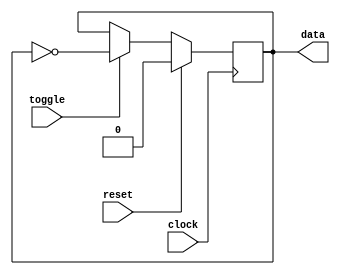
`timescale 1ns / 1ps
//////////////////////////////////////////////////////////////////////////////////
// Company: 
// Engineer: 
// 
// Design Name: 
// Module Name: T_FF
// Project Name: 
// Target Devices: 
// Tool Versions: 
// Description: 
// 
// Dependencies: 
// 
// Revision:
// Revision 0.01 - File Created
// Additional Comments:
// 
//////////////////////////////////////////////////////////////////////////////////


module T_FF(

    input toggle,
    input clock,
    input reset,
    output reg data

    );
    
    always @(posedge clock)
    begin
    
        if(reset) data <= 0;
        else
        begin
            if(toggle)
                data <= ~data;
            else data <= data;
        end
    end
endmodule